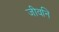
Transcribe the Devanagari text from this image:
जीवनि